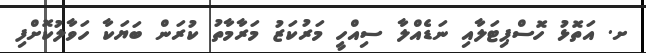
ށ. އަތޮޅު ހޮސްޕިޓަލާއި ނަޑެއްލާ ސިއްހީ މަރުކަޒު މަރާމާތު ކުރަން ބަޔަކާ ހަވާލުކޮށްފި